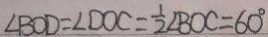
\angle B O D = \angle D O C = \frac { 1 } { 2 } \angle B O C = 6 0 ^ { \circ }